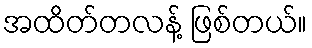
အထိတ်တလန့် ဖြစ်တယ်။